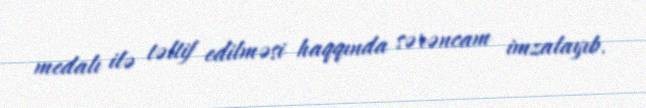
medalı ilə təltif edilməsi haqqında sərəncam imzalayıb.